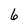
Character: 6